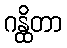
ဂန္ထိတာ